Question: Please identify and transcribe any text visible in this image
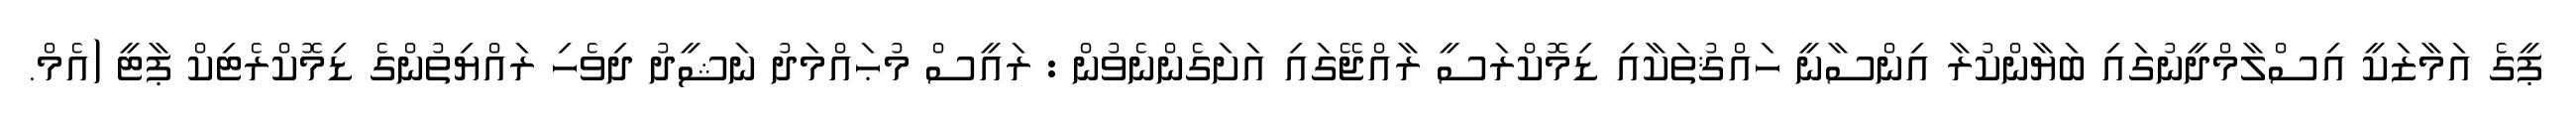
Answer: ޕީގެ އަމާޒަކީ އިސްލާމްދީނުގައި ބަޔާންކުރާ އިންސާނީ ހައްޤުތަކާއި ޑިމޮކްރަސީ ރާއްޖޭގައި އަށަގެންނެވުން : ރައީސް މުޙައްމަދު ނަޝީދު ދިވެހި ރައްޔިތުންގެ ޑިމޮކްރެޓިކް ޕާޓީ (އެމް.